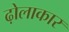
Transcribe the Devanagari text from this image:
ढ़ोलाकार